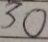
3 0